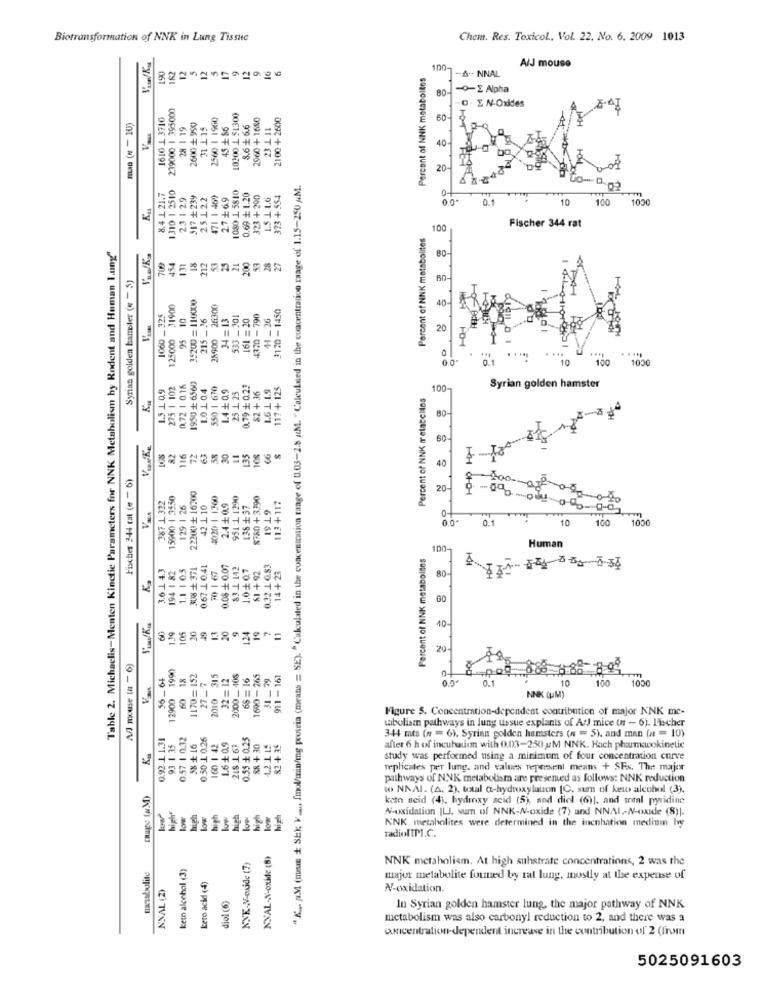
Biotransformation of NNK in Lung Tissue
Chem. Res. Toxicol, Vol. 22, No. 6. 2009 1013
12
5
A/J mouse
190
12
Percent of NNK metabolles
1001-ANNAL
BO-
-E Alpha
239000 1 395000
D . EN-Oxides
1610 1 3710
2560 1 1960
10200 1 51300
2960 + 1680
2100 +2600
man (N = 10)
28 1 19
2600 + 950
31 L 15
45 # 86
3.6 ₺ 6.6
23 L 11
60
40
20
1310 1 2510
" K .. NM (meus + SE); V .... Imol/min/mg protein (means = SE). "Culculated in the concentration range of 0.03-2.8 &M. "Calculated in the concentration range of 1.15-250 M.
00
8.4 1 21.7
23 1 29
517 +23y
25122
471 1 469
27+69
1080 1 5810
0.69 + 1.20
323 + 290
1.5 L 1.6
373 + 554
0.02
0.1
10
100
1030
Percent of NNK metabolites
100
Fischer 344 rat
Table 2. Michaelis-Menten Kinetic Parameters for NNK Metabolism by Rodent and Human Lung"
53
27
80
709
454
131
18
212
25
21
200
28
Syrian golden hamster (« - 5)
125000 31900
35200 =110000
28900 26300
3120 -1450
40
1060 _ 325
95. 10
215 _ 36
.201
161 = 20
4370 -790
+1_26
20
.....
0 .1
10
100
1000
1.5 109
275 1 102
0.72 1 0.18
1950 + 6560
1.0.1 0.4
550 1 670
0.79 + 0.21
1.6 1 1.9
117 + 125
14+ 0.9
25 1 25
$2 + 36
Percent of NNK retatciles
100-
Syrian golden hamster
80-
60
82
30
135
40
Fischer 344 cat (4 - 6)
200.
15500 1 3550
22200 + 16700
4020 1. 1360
951 1 1290
$780 +3390
20
387 1 322
129 | 26
42 1 10
2.4+0.9
138 + 37
113 +117
0-20
19 19
0-
07
0.0
0.1
10
100
1030
Human
Percent of NNK metabolnes
100-
3.6.1 43
1.1 1 05
308 + 371
0.67.1 0.41
0.08 + 0.07
83.1. 142
1.0 ₺ 0,7
0.32.1 0.83
Ka
194 1 82
70 1 67
$1 +92
14+ 23
80
13
20
124
19
20
11
10-
825
20-
Ad mouse (# -6)
12900 1990
56_ 64
60 18
1170= 152
2010 315
32 = 12
2000_ 408
66 = 16
1690-265
31_ 79
911-161
8 885 8.88 8-04
27_7
0.1
10
100
1050
V ...
NNK (UM)
Figure 5. Concentration-dependent contribution of major NNK mc-
wabolism pathways in lung tissue explants of A: mice (n - 6). l'ischer
0.57 1 0.32
0.50 L 0.26
0.53 + 0.25
93 1 35
58 + 16
160 1 42
1.6₺0.9
218 1 63
&8 +30
4.2.1. 15
82 + 35
344 mts (n = 6), Syrian golden hamsters (n = 5), and man (n = 10)
after 6 h of incuhauen with 0.03-250 M NNK. Hach pharmacokinetic
study was performed using a minimum of four concentration curve
replicates per lung. and values represent means + SFx. The major
pathways of NNK metabolism are presented as follows: NNK reduction
"Nage [uM)
to NNAI. (A, 2). total a-hydroxylation [C, sum of keto alcohol (3).
highe
keto seid (4), hydroxy acid (5), and diel (6)|, and treal pyridine
high
high
N-oxidation |LI, sum of NNK-N-oxide (7) and NNAI-N-oxide (8)|.
KNK metabolites were determined in the incohation medium by
radiolIM.C.
NXAL-N-oxide (B)
keto alcohol (3)
NNK-N-oxide (7
NNK metaholicm. At high substrate concentrations, 2 was the
metabolite
NNAL (2)
kero acid (4)
major metabolite forned by rat lung, mostly at the expense of
diol (6)
N-oxidation.
In Syrian golden hamster lung, the major pathway of NNK
metabolism was also carbonyl reduction to 2, and there was a
concentration-dependent increase in the contribution of 2 (from
5025091603